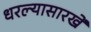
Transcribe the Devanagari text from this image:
धरल्यासारखें